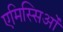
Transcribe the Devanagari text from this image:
एमिस्सिओं